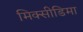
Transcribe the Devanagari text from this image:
मिक्सीडिमा